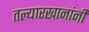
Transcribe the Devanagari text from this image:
तल्यारखानांनी